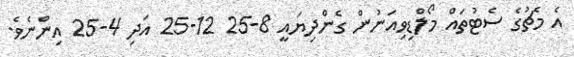
އެ މެޗުގެ ސެޓުތައް މޯލްޑިވިއަނުން ގެންދިޔައީ 8-25 12-25 އަދި 4-25 އިންނެވެ.